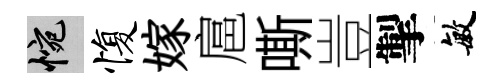
惋愎嫁扈嘶豈掣敏